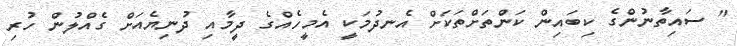
" ސައިތާނުންގެ ކިބައިން ކަންތަށްތަކަށް އެނދުމަކީ އެމީހެއްގެ ދީމާއި ދުނިޔެއަށް ގެއްލުން ހުރި